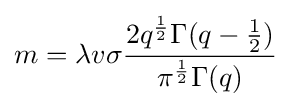
m=\lambda v\sigma {\frac {2q^{\frac {1}{2}}\Gamma (q-{\frac {1}{2}})}{\pi ^{\frac {1}{2}}\Gamma (q)}}